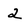
Character: 2